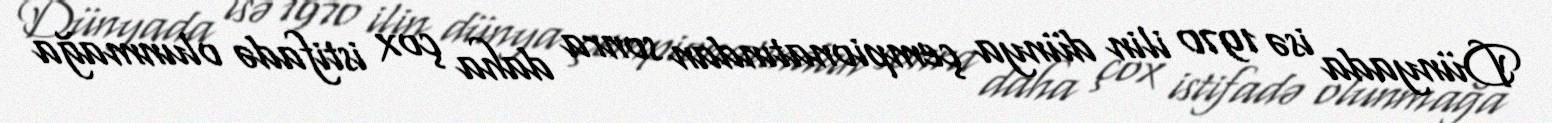
Dünyada isə 1970 ilin dünya çempionatından sonra daha çox istifadə olunmağa